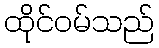
ထိုင်ဝမ်သည်